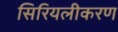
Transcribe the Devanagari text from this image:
सिरियलीकरण